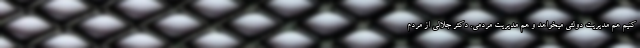
کنیم هم مدیریت دولتی میخواهد و هم مدیریت مردمی. دکتر جلالی از مردم